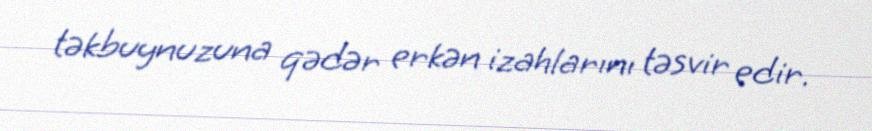
təkbuynuzuna qədər erkən izahlarını təsvir edir.